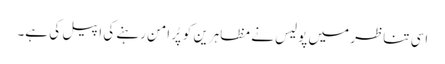
اسی تناظر میں پولیس نے مظاہرین کو پُر امن رہنے کی اپیل کی ہے۔